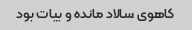
کاهوی سالاد مانده و بیات بود